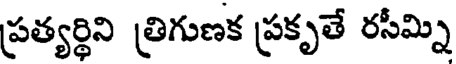
ప్రత్యర్థిని త్రిగుణక ప్రకృతే రసీమ్ని